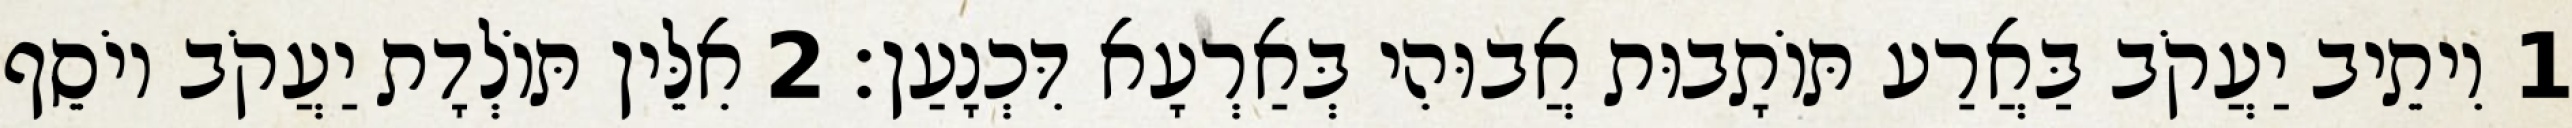
1 וִיתֵיב יַעֲקֹב בַּאֲרַע תּוֹתָבוּת אֲבוּהִי בְּאַרְעָא דִּכְנָעַן׃ 2 אִלֵּין תּוֹלְדָת יַעֲקֹב יוֹסֵף